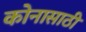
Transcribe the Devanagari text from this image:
कोनासाठी